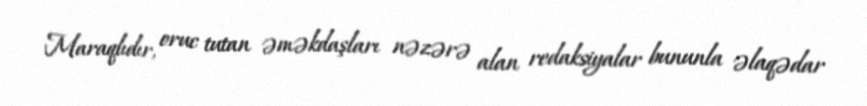
Maraqlıdır, oruc tutan əməkdaşları nəzərə alan redaksiyalar bununla əlaqədar